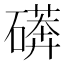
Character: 𱴳